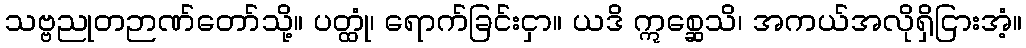
သဗ္ဗညုတဉာဏ်တော်သို့။ ပတ္ထုံ၊ ရောက်ခြင်းငှာ။ ယဒိ ဣစ္ဆေသိ၊ အကယ်အလိုရှိငြားအံ့။